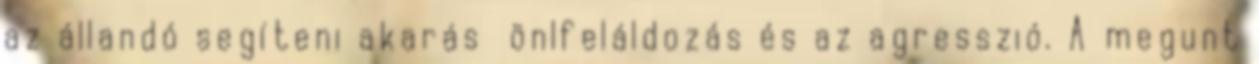
az állandó segíteni akarás önlfeláldozás és az agresszió. A megunt